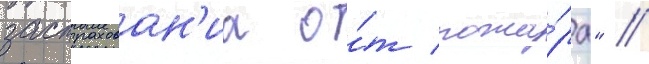
застрахован'иа о́т пожа́ра" //